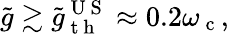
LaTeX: \tilde{g}\gtrsim\tilde{g}_{\mathrm{~t~h~}}^{\mathrm{~U~S~}}\approx 0.2\omega_{\mathrm{~c~}},